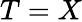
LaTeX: T=X